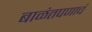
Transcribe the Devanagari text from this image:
बाळंतपणाचं